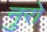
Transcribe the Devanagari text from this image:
नुरो